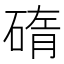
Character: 𥓿